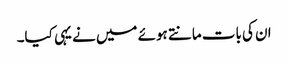
ان کی بات مانتے ہوئے میں نے یہی کیا۔